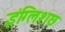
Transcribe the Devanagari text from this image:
इंग्लिशछ